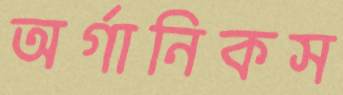
অর্গানিকস